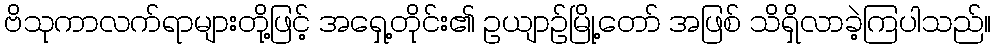
ဗိသုကာလက်ရာများတို့ဖြင့် အရှေ့တိုင်း၏ ဥယျာဉ်မြို့တော် အဖြစ် သိရှိလာခဲ့ကြပါသည်။